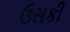
ઉસકી